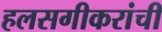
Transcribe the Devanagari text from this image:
हलसगीकरांची